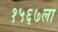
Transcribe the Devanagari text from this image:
१५६७ला